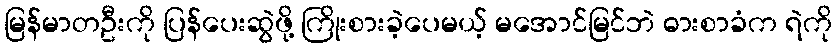
မြန်မာတဦးကို ပြန်ပေးဆွဲဖို့ ကြိုးစားခဲ့ပေမယ့် မအောင်မြင်ဘဲ ဓားစာခံက ရဲကို